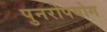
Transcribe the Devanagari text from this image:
पुनरोपयोग